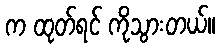
က ထုတ်ရင် ကိုသွားတယ်။